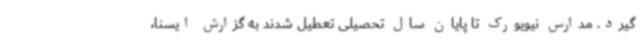
‌گیرد. مدارس نیویورک تا پایان سال تحصیلی تعطیل شدند به گزارش ایسنا،